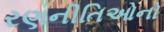
રણનીતિઓનો